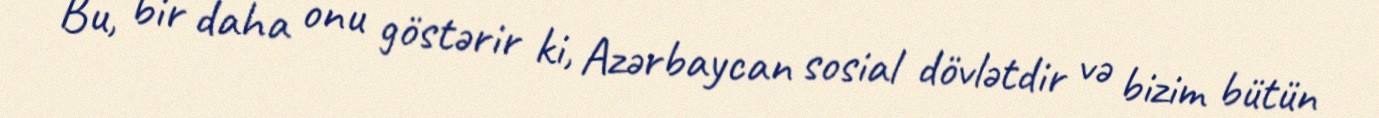
Bu, bir daha onu göstərir ki, Azərbaycan sosial dövlətdir və bizim bütün